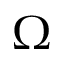
\Omega